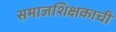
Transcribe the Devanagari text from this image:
समाजशिक्षकाची